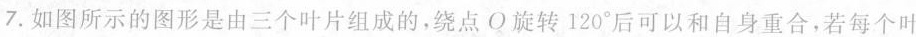
7.如图所示的图形是由三个叶片组成的，绕点O旋转120°后可以和自身重合，若每个叶